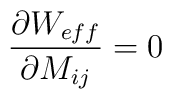
\frac{\partial W_{eff}}{\partial M_{ij}} = 0